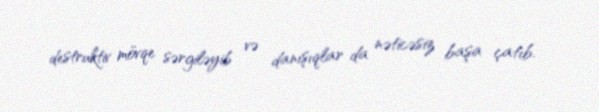
destruktiv mövqe sərgiləyib və danışıqlar da nəticəsiz başa çatıb.